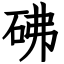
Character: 砩